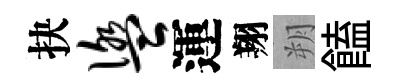
抉盥運翔朔饁